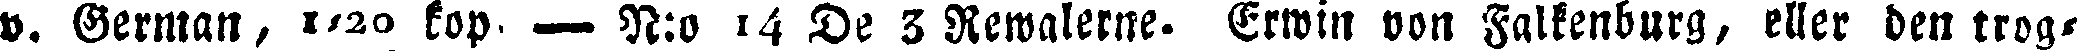
v. German, 1,20 kop. — N:o 14 De 3 Rewalerne - Erwin von Falkenburg, eller den trog-